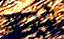
لنفسه